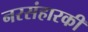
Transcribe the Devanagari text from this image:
नरसंहारकी